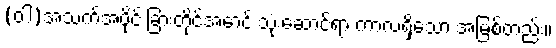
(ဝါ)အသက်အပိုင်းခြားတိုင်အောင် သုံးဆောင်ရာ ကာလရှိသော အမြစ်တည်း။